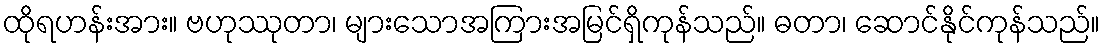
ထိုရဟန်းအား။ ဗဟုဿုတာ၊ များသောအကြားအမြင်ရှိကုန်သည်။ ဓတာ၊ ဆောင်နိုင်ကုန်သည်။